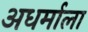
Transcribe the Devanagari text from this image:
अधर्माला